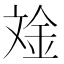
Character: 𪯧